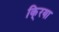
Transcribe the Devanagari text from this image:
कि्रया